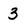
Character: 3